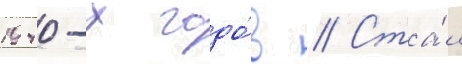
1940-х годо́в // Ста́л